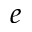
e